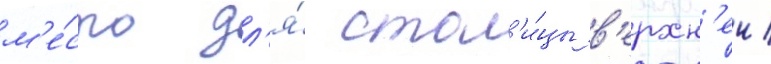
м'е́сто дл'я́ стол'и́цы в'ерхн'еи